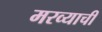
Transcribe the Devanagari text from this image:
मरव्याची